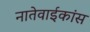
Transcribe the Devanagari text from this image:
नातेवाईकांस